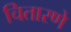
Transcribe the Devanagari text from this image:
चितारणे